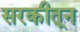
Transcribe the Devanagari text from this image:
सरकीतून